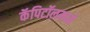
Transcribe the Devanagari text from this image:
कॅपिटॉलमध्ये